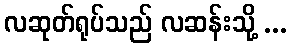
လဆုတ်ရုပ်သည် လဆန်းသို့ ...